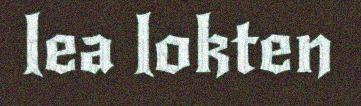
lea lokten